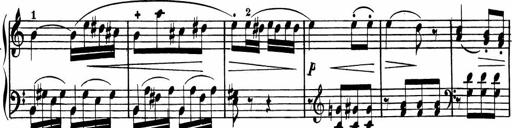
Title: Rosen ohne Dornen
Composer: Gustav Lange